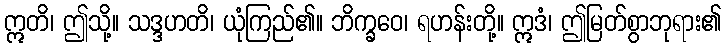
ဣတိ၊ ဤသို့။ သဒ္ဒဟတိ၊ ယုံကြည်၏။ ဘိက္ခဝေ၊ ရဟန်းတို့။ ဣဒံ၊ ဤမြတ်စွာဘုရား၏